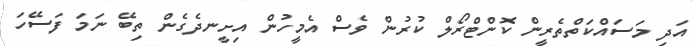
އަދި މަސައްކަތްތެރީން ކޮންޓްރޯލް ކުރުން ވެސް އެމީހުން އިށީނދެގެން ތިބޭ ނަމަ ފަސޭހަ